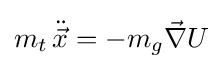
m_{t}\,{\ddot {\vec {x}}}=-m_{g}{\vec {\nabla }}U